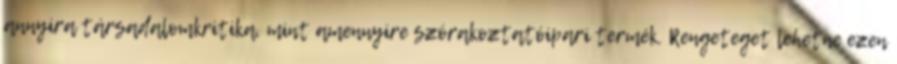
annyira társadalomkritika, mint amennyire szórakoztatóipari termék. Rengeteget lehetne ezen